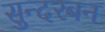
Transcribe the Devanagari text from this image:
सुन्दरबन